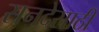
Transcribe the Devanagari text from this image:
सनदेसाठी